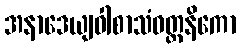
အနာဒေယျဝါစာသံဝတ္တနိကော